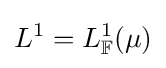
L^{1}=L_{\mathbb {F} }^{1}(\mu )